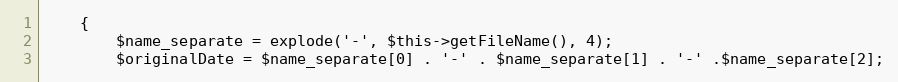
Language: PHP
	{
		$name_separate = explode('-', $this->getFileName(), 4);
		$originalDate = $name_separate[0] . '-' . $name_separate[1] . '-' .$name_separate[2];